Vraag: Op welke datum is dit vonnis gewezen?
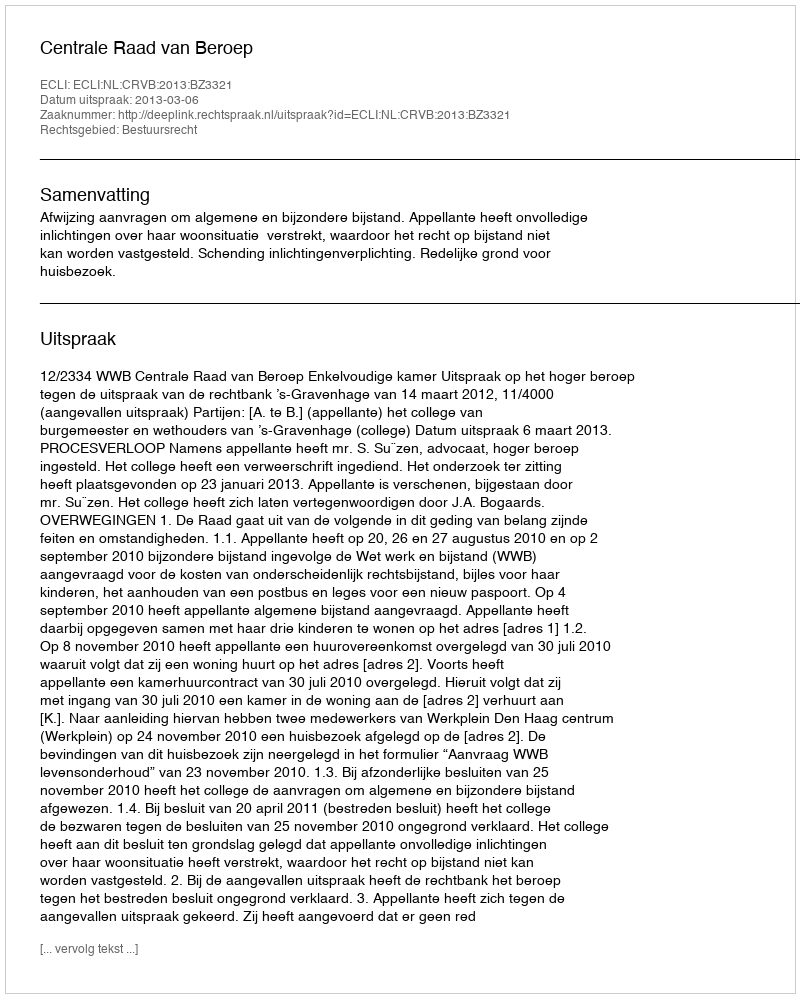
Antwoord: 2013-03-06